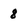
Character: 8